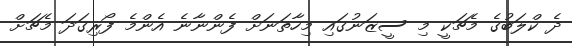
ދެ ކްލަބުގެ މެޗަކީ މި ސީޒަނުގައި މިހާތަނަށް ފެންނާނެ އެންމެ ފޯރިގަދަ މެޗަށް